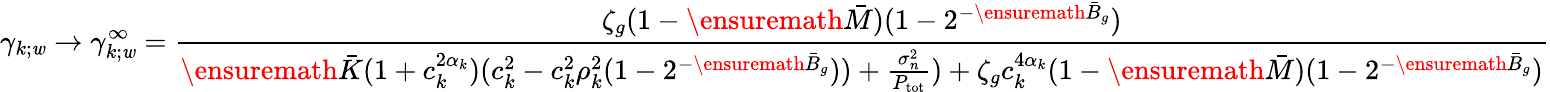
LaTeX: \gamma_{k;\mathit{w}}\to\gamma_{k;\mathit{w}}^{\infty}=\frac{{\zeta_{g}(1-\ensuremath{{\bar{{M}}}})(1-2^{-\ensuremath{{\bar{{B}}}}_{g}})}}{{\ensuremath{{\bar{{K}}}}(1+c_{k}^{2\alpha_{k}})(c_{k}^{2}-c_{k}^{2}\rho_{k}^{2}(1-2^{-\ensuremath{{\bar{{B}}}}_{g}}))+\frac{{\sigma_{n}^{2}}}{{P_{\mathrm{{tot}}}}})+\zeta_{g}c_{k}^{4\alpha_{k}}(1-\ensuremath{{\bar{{M}}}})(1-2^{-\ensuremath{{\bar{{B}}}}_{g}})}}